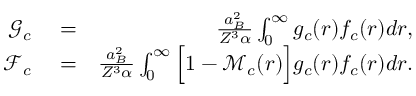
\begin{array} { r l r } { \mathcal { G } _ { c } } & { { } = } & { \frac { a _ { B } ^ { 2 } } { Z ^ { 3 } \alpha } \int _ { 0 } ^ { \infty } g _ { c } ( r ) f _ { c } ( r ) d r , } \\ { \mathcal { F } _ { c } } & { { } = } & { \frac { a _ { B } ^ { 2 } } { Z ^ { 3 } \alpha } \int _ { 0 } ^ { \infty } \Big [ 1 - \mathcal { M } _ { c } ( r ) \Big ] g _ { c } ( r ) f _ { c } ( r ) d r . } \end{array}